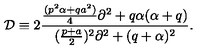
{ \cal D } \equiv 2 { \frac { { \frac { ( p ^ { 2 } \alpha + q a ^ { 2 } ) } { 4 } } \partial ^ { 2 } + q \alpha ( \alpha + q ) } { ( { \frac { p + a } { 2 } } ) ^ { 2 } \partial ^ { 2 } + ( q + \alpha ) ^ { 2 } } } .